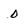
Character: 0